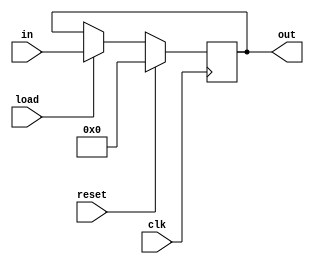
  module performance_REG32LR ( 
in,
 load,
 reset,
 out,
 clk);
input [31:0] in;
input  load;
input  reset;
input  clk;
output [31:0] out;

reg [31:0] out;
always @(posedge clk)
if (reset) out <= 32'b0;
else if (load) out <= in;
endmodule